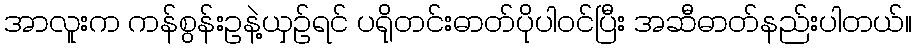
အာလူးက ကန်စွန်းဥနဲ့ယှဉ်ရင် ပရိုတင်းဓာတ်ပိုပါဝင်ပြီး အဆီဓာတ်နည်းပါတယ်။